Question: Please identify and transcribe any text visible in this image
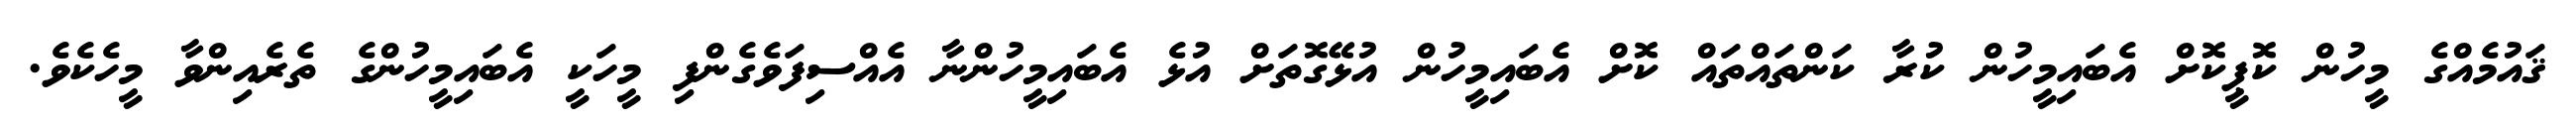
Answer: ޤައުމެއްގެ މީހުން ކޮޕީކޮށް އެބައިމީހުން ކުރާ ކަންތައްތައް ކޮށް އެބައިމީހުން އުޅޭގޮތަށް އުޅެ އެބައިމީހުންނާ އެއްސިފަވެގެންފި މީހަކީ އެބައިމީހުންގެ ތެރެއިންވާ މީހެކެވެ.